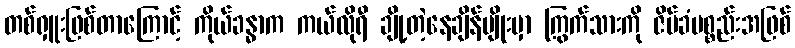
တစ်ရှူးဖြစ်တာကြောင့် ကိုယ်ခန္ဓာက ကယ်လိုရီ ချို့တဲ့နေချိန်မျိုးမှာ ကြွက်သားကို ဇိမ်ခံပစ္စည်းအဖြစ်